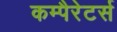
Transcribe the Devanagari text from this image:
कम्पैरेटर्स